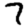
Digit: 7